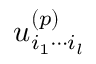
u _ { i _ { 1 } \cdots i _ { l } } ^ { ( p ) }